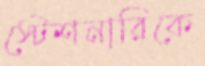
স্টেশনারিকে